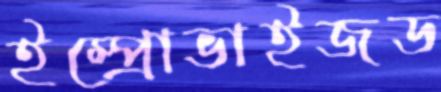
ইম্প্রোভাইজড